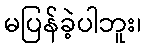
မပြန်ခဲ့ပါဘူး၊